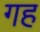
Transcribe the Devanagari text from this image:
गह